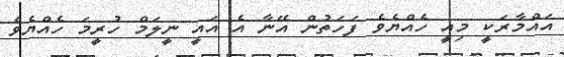
އައްމާރަކީ މިއީ ހެއްޔެވެ ފަހަތުން އޭނާ އެ އައީ ނީލަމް ހުރީމަ ހެއްޔެވެ